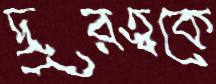
দূরত্বকে